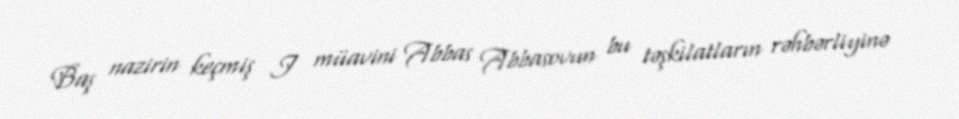
Baş nazirin keçmiş I müavini Abbas Abbasovun bu təşkilatların rəhbərliyinə